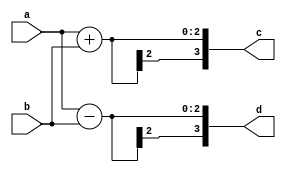
`timescale 1ns / 1ps

module butterfly2(a,b,c,d);
input signed [1:0]a;
input signed [1:0]b;
output signed [3:0]c;
output signed [3:0]d;

assign c=a+b;
assign d=a-b;

endmodule